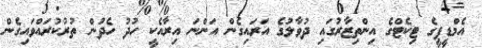
އެމްޑީޕީގެ ޓިކެޓްގެ އިންތިޒާރުގައި ދުވާލުގެ އަރައިގެން އަންނަ އިރާއެކީ ހުދު ހެދުން ތުރުކުރައްވައިގެން